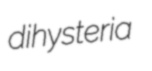
dihysteria